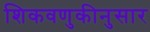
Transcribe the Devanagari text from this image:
शिकवणुकीनुसार